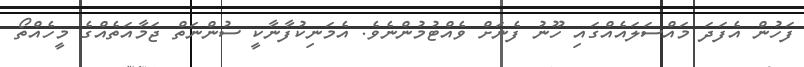
ފަހުން އެފަދަ މައްސަލައެއްގައި ހޫނު ފެނަށް ވެއްޓުމުންނެވެ. އެމަނިކުފާނާކީ ސުންނަތް ޖަމާއަތެއްގެ މީހެއްތޯ